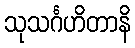
သုသင်္ဂဟိတာနိ